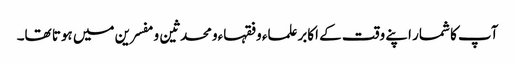
آپ کا شمار اپنے وقت کے اکابرعلماء وفقہاءومحدثین ومفسرین میں ہوتا تھا۔